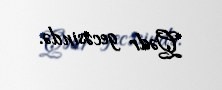
Qədr gecəsində.